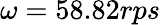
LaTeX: \omega=58.82rps